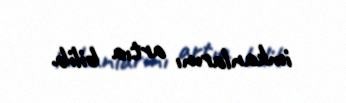
imkanlarını artıa bilib.